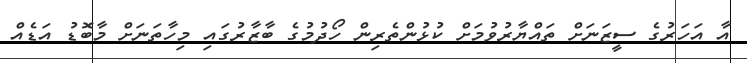
އާ އަހަރުގެ ސީޒަނަށް ތައްޔާރުވުމަށް ކުޅުންތެރިން ހޯދުމުގެ ބާޒާރުގައި މިހާތަނަށް މާބޮޑު އަޑެއް